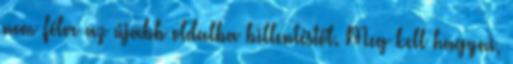
nem félve az újabb oldalba billentéstől. Meg kell hagyni,